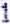
1